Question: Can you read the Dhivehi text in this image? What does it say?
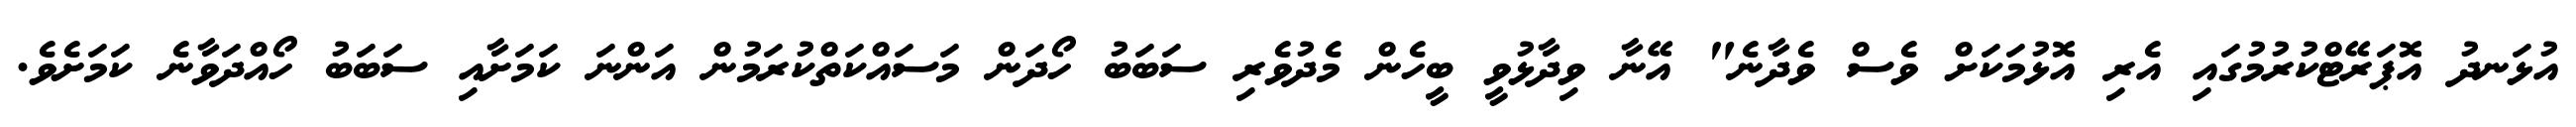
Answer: އުޅަނދު އޮޕަރޭޓްކުރުމުގައި އެރި އޮޅުމަކަށް ވެސް ވެދާނެ" އޭނާ ވިދާޅުވީ ބީހެން މެދުވެރި ސަބަބު ހޯދަން މަސައްކަތްކުރަމުން އަންނަ ކަމަށާއި ސަބަބު ހޯއްދަވާނެ ކަމަށެވެ.